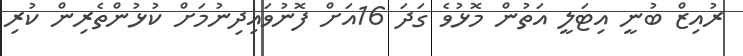
ރުއިޒް ބުނީ އިޓަލީ އަތުން މޮޅުވެ ގަދަ 16އަށް ފޮނުވައިދިނުމަށް ކުޅުންތެރިން ކުރި